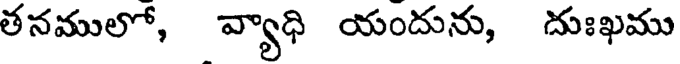
తనములో, వ్యాధి యందును, దుఃఖము